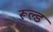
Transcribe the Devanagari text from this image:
रूल्ड